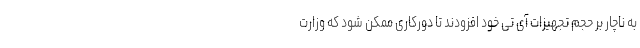
به ناچار بر حجم تجهیزات آی تی خود افزودند تا دورکاری ممکن شود که وزارت